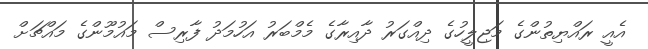
އެއީ ރައްޔިތުންގެ މަޖިލީހުގެ ދިއްގަރު ދާއިރާގެ މެމްބަރު އަހުމަދު ފާރިސް މައުމޫންގެ މައްޗަށް